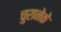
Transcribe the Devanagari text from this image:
चुरानेके